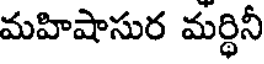
మహిషాసుర మర్థినీ